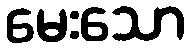
မေးသော